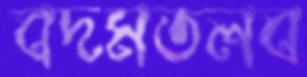
বদমতলব